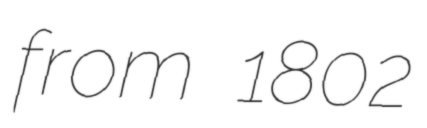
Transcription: from 1802